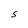
Character: S